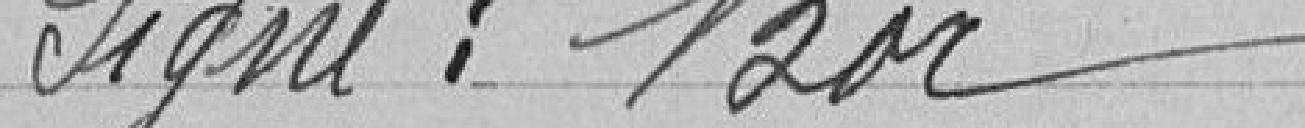
Signée : Bord